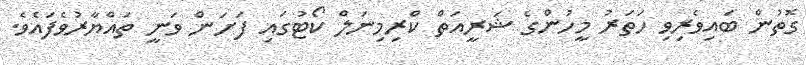
ގޮތުން ބައިވެރިވި ހަތަރު މީހުންގެ ޝަރީއަތް ކްރިމިނަލް ކޯޓުގައި ފަށަން ވަނީ ތައްޔާރުވެފައެވެ.